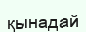
қынадай